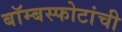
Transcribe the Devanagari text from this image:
बॉम्बस्फोटांची